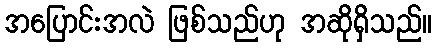
အပြောင်းအလဲ ဖြစ်သည်ဟု အဆိုရှိသည်။